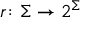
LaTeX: r \colon \Sigma \rightarrow 2 ^ { \Sigma }